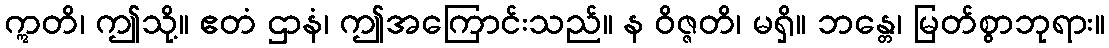
ဣတိ၊ ဤသို့။ ဧတံ ဌာနံ၊ ဤအကြောင်းသည်။ န ဝိဇ္ဇတိ၊ မရှိ။ ဘန္တေ၊ မြတ်စွာဘုရား။